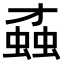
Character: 𧎆